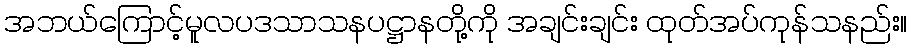
အဘယ်ကြောင့်မူလပဒသာသနပဋ္ဌာနတို့ကို အချင်းချင်း ထုတ်အပ်ကုန်သနည်း။